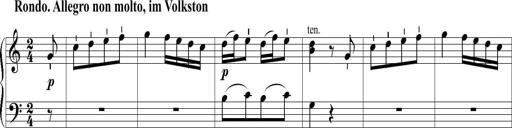
Title: 6 Leichte Sonatinen, Teil 1
Composer: F. Sigismund Sander